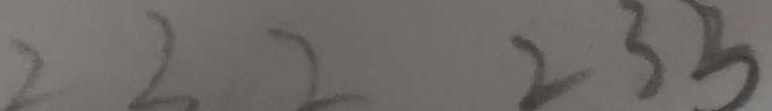
2 2 2 2 3 3